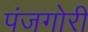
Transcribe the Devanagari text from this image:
पंजगोरी